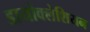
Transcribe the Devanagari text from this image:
डायोक्लेशियन